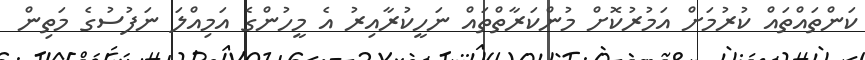
ކަންތައްތައް ކުރުމަށް އަމުރުކޮށް މުންކަރާތްތައް ނަހީކުރާއިރު އެ މީހުންގެ އަމިއްލަ ނަފުސުގެ މަތިން